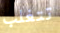
تتغلب